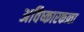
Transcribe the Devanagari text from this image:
अविष्कारकत्र्ता